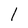
Character: 1